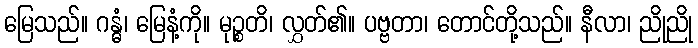
မြေသည်။ ဂန္ဓံ၊ မြေနံ့ကို။ မုဉ္စတိ၊ လွှတ်၏။ ပဗ္ဗတာ၊ တောင်တို့သည်။ နီလာ၊ ညိုညို